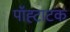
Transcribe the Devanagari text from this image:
पॉह्टाटक